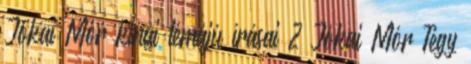
Jókai Mór kínai témájú írásai 2 Jókai Mór Tégy